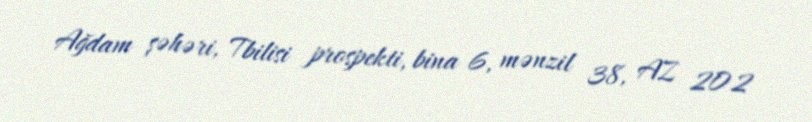
Ağdam şəhəri, Tbilisi prospekti, bina 6, mənzil 38, AZ 202